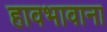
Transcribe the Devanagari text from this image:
हावभावाना